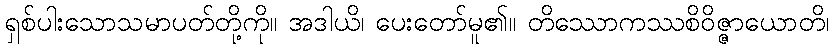
ရှစ်ပါးသောသမာပတ်တို့ကို။ အဒါယိ၊ ပေးတော်မူ၏။ တိဿောကဿစိဝိဇ္ဇာယောတိ၊